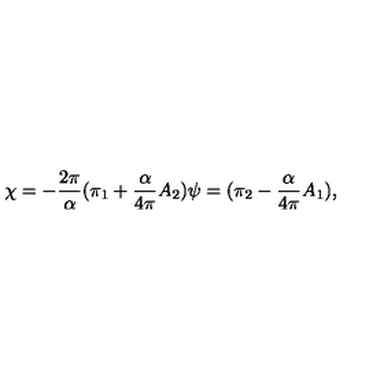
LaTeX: \chi = - \frac { 2 \pi } { \alpha } ( \pi _ { 1 } + \frac { \alpha } { 4 \pi } A _ { 2 } ) \psi = ( \pi _ { 2 } - \frac { \alpha } { 4 \pi } A _ { 1 } ) ,